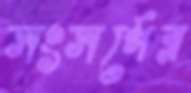
সংসর্গের